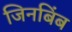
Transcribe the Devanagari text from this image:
जिनबिंब